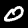
Digit: 0